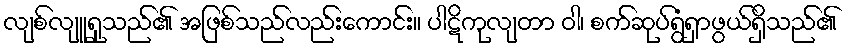
လျစ်လျူရှုသည်၏ အဖြစ်သည်လည်းကောင်း။ ပါဋိကုလျတာ ဝါ၊ စက်ဆုပ်ရွံရှာဖွယ်ရှိသည်၏